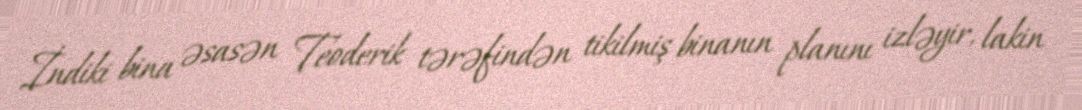
İndiki bina əsasən Teoderik tərəfindən tikilmiş binanın planını izləyir, lakin